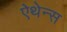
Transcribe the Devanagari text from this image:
ऐथेन्स